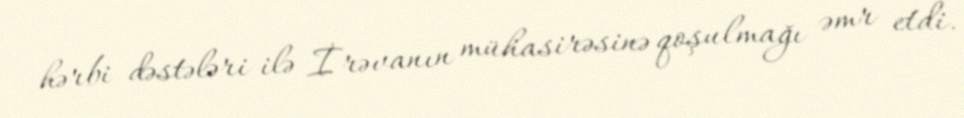
hərbi dəstələri ilə İrəvanın mühasirəsinə qoşulmağı əmr etdi.